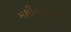
મશીનગનની